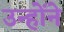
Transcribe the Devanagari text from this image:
उन्होंने